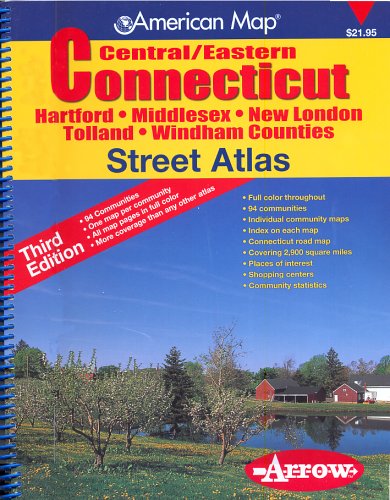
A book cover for American Map Central/Eastern Connecticut Street Atlas: Hartford, Middlesex, New London, Tolland, Windham Counties; Travel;